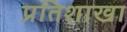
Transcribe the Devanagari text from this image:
प्रतिशाखा